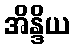
အိန္ဒိယ